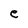
Character: e